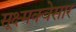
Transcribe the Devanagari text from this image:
सूक्ष्मक्वेसार